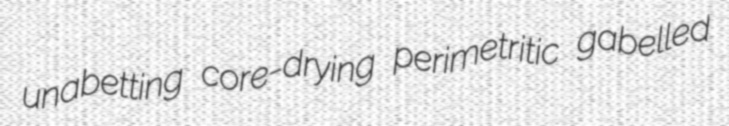
unabetting core-drying perimetritic gabelled